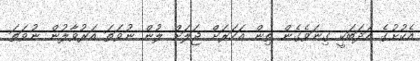
އެކުށުގެ އަދަބަކީ ގިނަވެގެން ތިން އަހަރަށް ޖަލަށް ލުން ނުވަތަ އަރުވާލުން ނުވަތަ